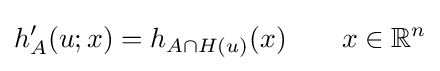
h_{A}'(u;x)=h_{A\cap H(u)}(x)\qquad x\in \mathbb {R} ^{n}